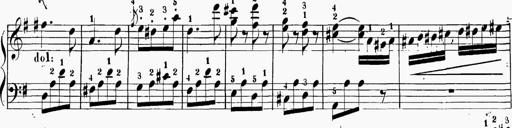
Title: 6 Sonatinas
Composer: Carl Reinecke